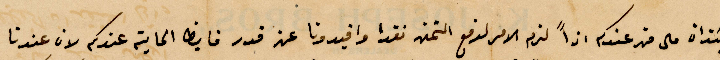
ينذان على من عندكم اذًا لزم الامر لدفع التمن نقدا وافيدونا عن قدر فايظ الماية عندكم لان عندنا